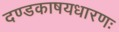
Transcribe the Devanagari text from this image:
दण्डकाषयधारणः